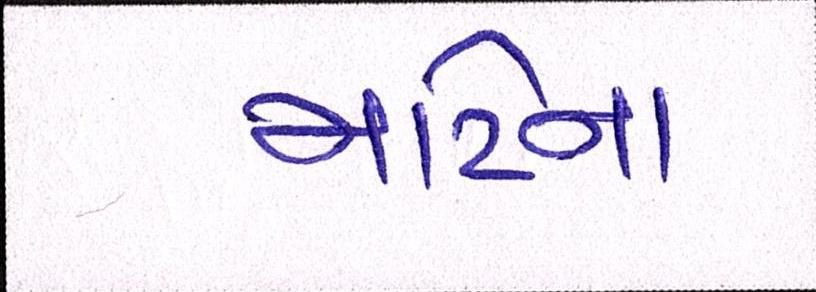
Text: માટેના